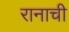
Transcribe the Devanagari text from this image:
रानाची